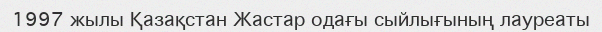
1997 жылы Қазақстан Жастар одағы сыйлығының лауреаты